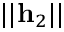
| | \mathbf { h } _ { 2 } | |